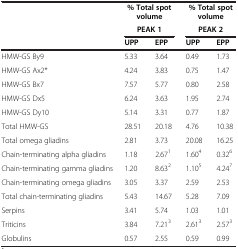
<table><thead><tr><td><b> </b></td><td colspan="2"><b>% Total spot volume</b></td><td colspan="2"><b>% Total spot volume</b></td></tr><tr><td><b> </b></td><td colspan="2"><b>PEAK 1</b></td><td colspan="2"><b>PEAK 2</b></td></tr><tr><td><b> </b></td><td><b>UPP</b></td><td><b>EPP</b></td><td><b>UPP</b></td><td><b>EPP</b></td></tr></thead><tbody><tr><td>HMW-GS By9</td><td>5.33</td><td>3.64</td><td>0.49</td><td>1.73</td></tr><tr><td>HMW-GS Ax2*</td><td>4.24</td><td>3.83</td><td>0.75</td><td>1.47</td></tr><tr><td>HMW-GS Bx7</td><td>7.57</td><td>5.77</td><td>0.80</td><td>2.58</td></tr><tr><td>HMW-GS Dx5</td><td>6.24</td><td>3.63</td><td>1.95</td><td>2.74</td></tr><tr><td>HMW-GS Dy10</td><td>5.14</td><td>3.31</td><td>0.77</td><td>1.87</td></tr><tr><td>Total HMW-GS</td><td>28.51</td><td>20.18</td><td>4.76</td><td>10.38</td></tr><tr><td>Total omega gliadins</td><td>2.81</td><td>3.73</td><td>20.08</td><td>16.25</td></tr><tr><td>Chain-terminating alpha gliadins</td><td>1.18</td><td>2.67<sup>1</sup></td><td>1.60<sup>4</sup></td><td>0.32<sup>6</sup></td></tr><tr><td>Chain-terminating gamma gliadins</td><td>1.20</td><td>8.63<sup>2</sup></td><td>1.10<sup>5</sup></td><td>4.24<sup>7</sup></td></tr><tr><td>Chain-terminating omega gliadins</td><td>3.05</td><td>3.37</td><td>2.59</td><td>2.53</td></tr><tr><td>Total chain-terminating gliadins</td><td>5.43</td><td>14.67</td><td>5.28</td><td>7.09</td></tr><tr><td>Serpins</td><td>3.41</td><td>5.74</td><td>1.03</td><td>1.01</td></tr><tr><td>Triticins</td><td>3.84</td><td>7.21<sup>3</sup></td><td>2.61<sup>3</sup></td><td>2.57<sup>3</sup></td></tr><tr><td>Globulins</td><td>0.57</td><td>2.55</td><td>0.59</td><td>0.99</td></tr></tbody></table>